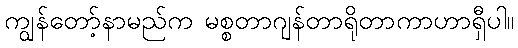
ကျွန်တော့်နာမည်က မစ္စတာဂျန်တာရိုတာကာဟာရှီပါ။